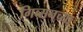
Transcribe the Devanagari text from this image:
गिब्सनच्या